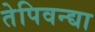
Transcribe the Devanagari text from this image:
तेपिवन्द्या